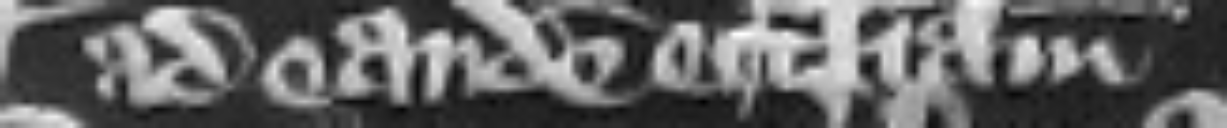
ad eandem ecclesiam